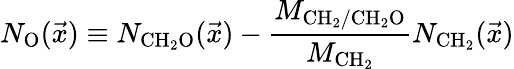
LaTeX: N_{\mathrm{O}}(\vec{x})\equiv N_{\mathrm{CH_{2}O}}(\vec{x})-\frac{M_{\mathrm{CH_{2}/CH_{2}O}}}{M_{\mathrm{CH_{2}}}}N_{\mathrm{CH_{2}}}(\vec{x})